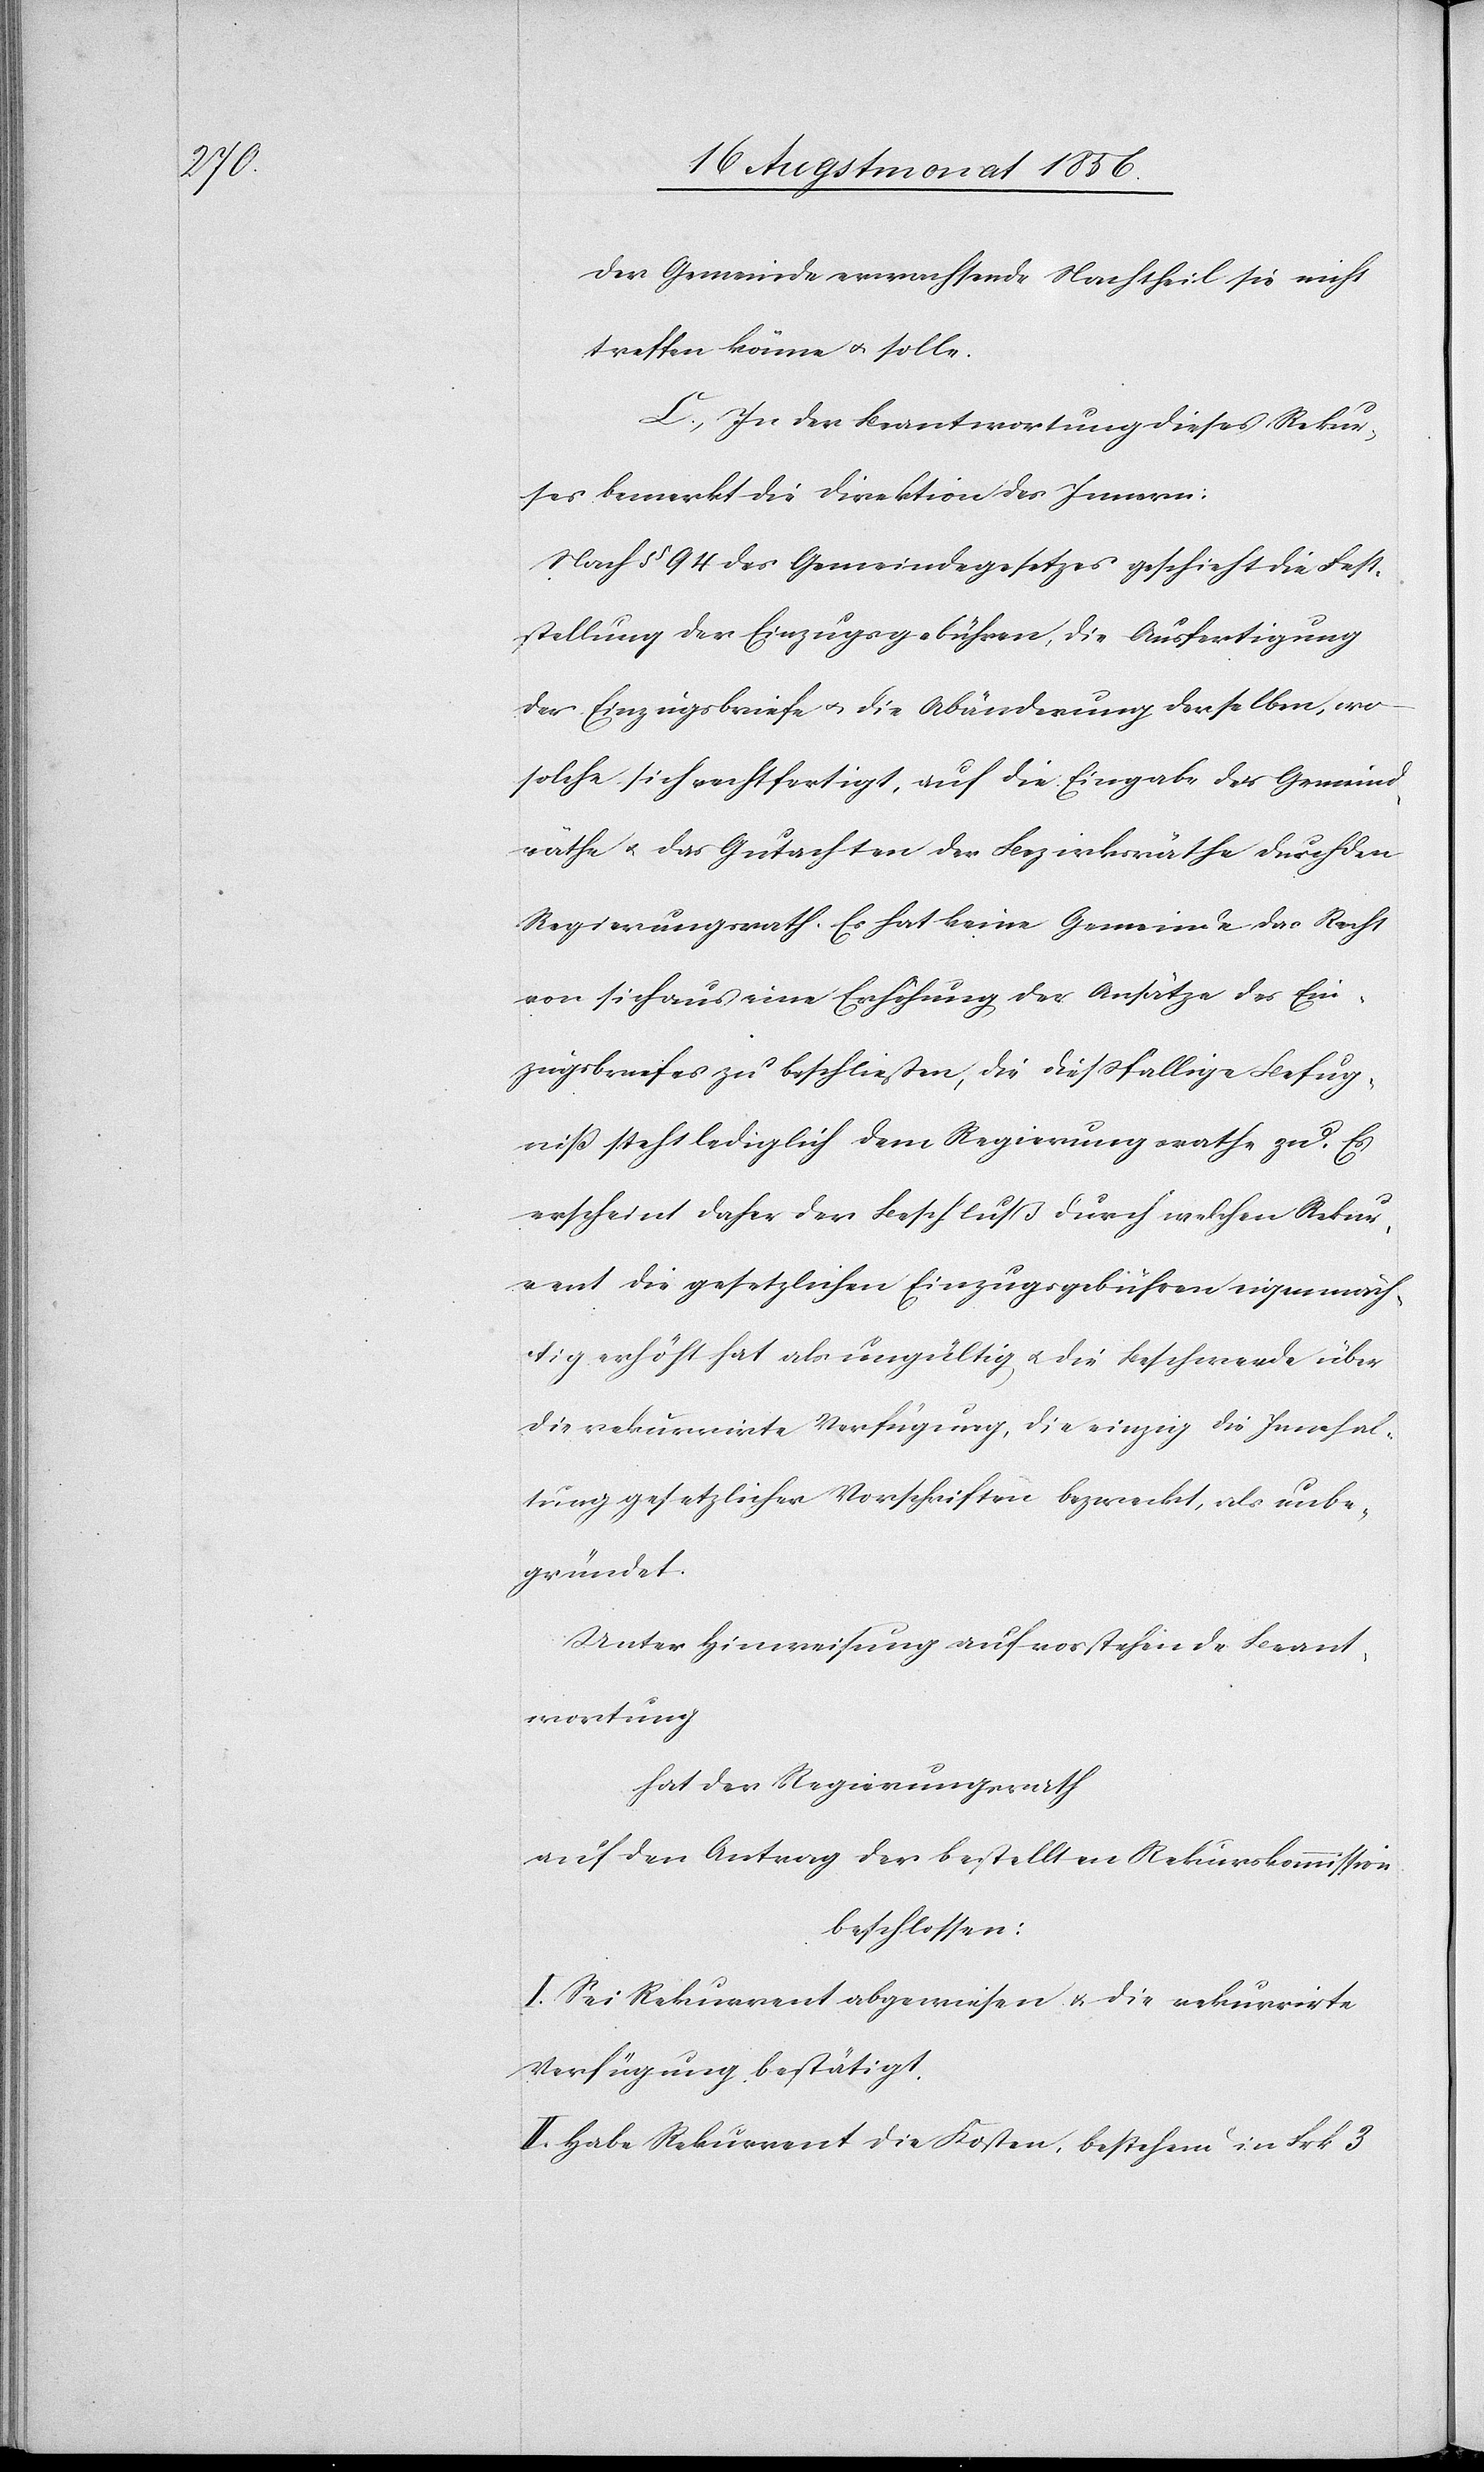
der Gemeinde erwachsende Nachtheil sie nicht
treffen könne u. solle.
C.) In der Beantwortung dieses Rekur¬
ses bemerkt die Direktion des Innern:
Nach § 94 des Gemeindegesetzes geschieht die Fest¬
stellung der Einzugsgebühren, die Ausfertigung
der Einzugsbriefe u. die Abänderung derselben, wo
solche sich rechtfertigt, auf die Eingabe der Gemeind¬
räthe u. das Gutachten der Bezirksräthe durch den
Regierungsrath. Es hat keine Gemeinde das Recht
von sich aus eine Erhöhung der Ansätze des Ein¬
zugsbriefes zu beschließen, die diessfällige Befug¬
niß steht lediglich dem Regierungsrathe zu. Es
erscheint daher der Beschluß durch welchen Rekur¬
rent die gesetzlichen Einzugsgebühren eigenmäch¬
tig erhöht hat als ungültig u. die Beschwerde über
die rekurrirte Verfügung, die einzig die Innehal¬
tung gesetzlicher Vorschriften bezweckt, als unbe¬
gründet.
Unter Hinweisung auf vorstehende Beant¬
wortung
hat der Regierungsrath
auf den Antrag der bestellten Rekurskommission
beschlossen:
I. Sei Rekurrent abgewiesen & die rekurrirte
Verfügung bestätigt.
II. Habe Rekurrent die Kosten, bestehend in Frk. 3